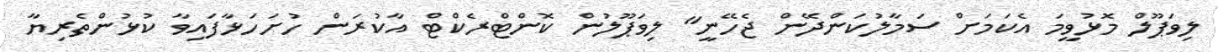
ލިވަޕޫލް މޮޅުވީމަ އެކަމަށް ސަމާލުކަންދޭން ޖެހޭނީ" ލިވަޕޫލުން ކޮންޓްރެކްޓް އާކުރަން ހުށަހަޅާފައިވާ ކުޅުންތެރިޔާ